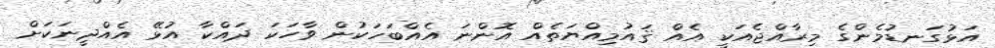
އަޅުގަނޑުމެންގެ މިރާއްޖެއަކީ އެއް ޤައުމިއްޔަތެއް އޮންނަ އެއްބަހަކުން ވާހަކަ ދައްކާ އުޅޭ އެއްދީނަކަށް